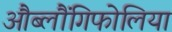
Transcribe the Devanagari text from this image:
औब्लौंगिफोलिया